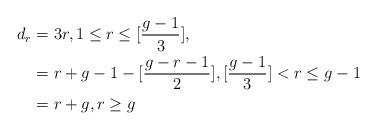
LaTeX: \begin{align*} d_r & =3r , 1 \le r \le [\frac{g-1}{3}], \\ & = r + g -1 - [\frac{g-r -1}{2}], [\frac{g-1}{3}] < r \le g-1 \\ & =r + g, r \ge g \end{align*}